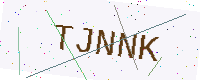
Text: TJNNK